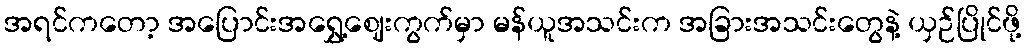
အရင်ကတော့ အပြောင်းအရွှေ့ဈေးကွက်မှာ မန်ယူအသင်းက အခြားအသင်းတွေနဲ့ ယှဉ်ပြိုင်ဖို့